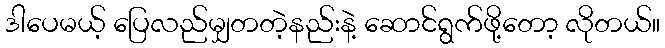
ဒါပေမယ့် ပြေလည်မျှတတဲ့နည်းနဲ့ ဆောင်ရွက်ဖို့တော့ လိုတယ်။